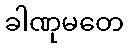
ခါဏုမတေ